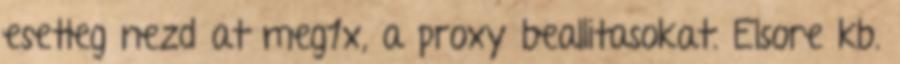
esetleg nezd at meg1x, a proxy beallitasokat. Elsore kb.